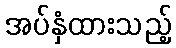
အပ်နှံထားသည့်